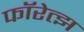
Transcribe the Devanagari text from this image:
फॉरेत्झ